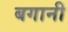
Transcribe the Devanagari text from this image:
बगानी